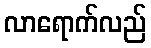
လာရောက်လည်